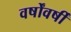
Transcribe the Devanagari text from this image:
वर्षोंवर्षीं